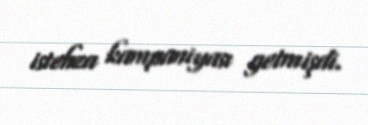
istehza kampaniyası getmişdi.